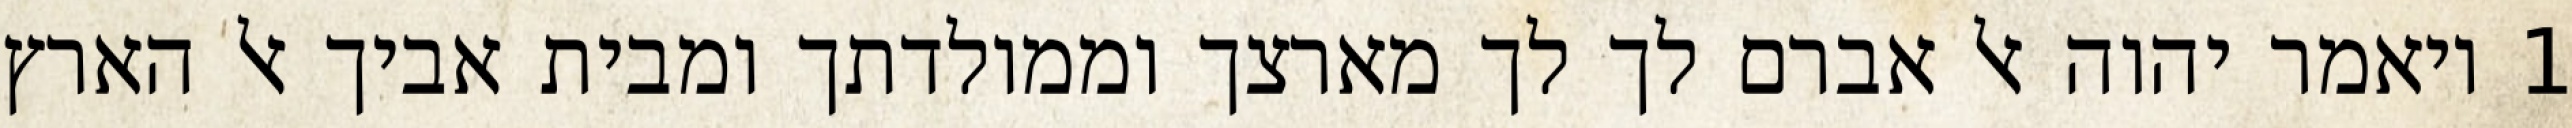
1 ויאמר יהוה אל אברם לך לך מארצך וממולדתך ומבית אביך אל הארץ